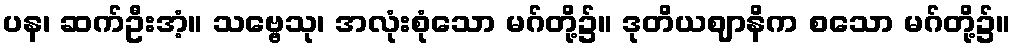
ပန၊ ဆက်ဦးအံ့။ သဗ္ဗေသု၊ အလုံးစုံသော မဂ်တို့၌။ ဒုတိယဈာနိက စသော မဂ်တို့၌။